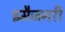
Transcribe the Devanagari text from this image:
इमैजनरी